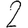
Digit: 2